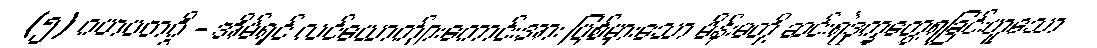
(၅) ဂဟပတဂ္ဂိ - အိမ်ရှင် လင်ယောက်ျားကောင်းအား ပြစ်မှားသော မိန်းမတို့ ဆင်းရဲဒုက္ခတွေ့ရခြင်းဟူသော